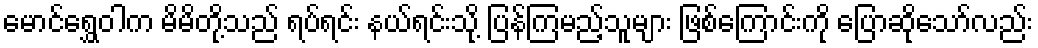
မောင်ရွှေဝါက မိမိတို့သည် ရပ်ရင်း နယ်ရင်းသို့ ပြန်ကြမည့်သူများ ဖြစ်ကြောင်းကို ပြောဆိုသော်လည်း